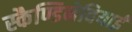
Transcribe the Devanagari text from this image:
स्कैण्डिनेवियाई